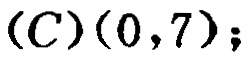
$(C)(0,7);$